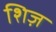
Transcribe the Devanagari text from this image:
शिज़